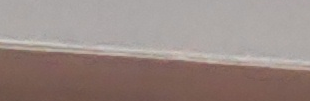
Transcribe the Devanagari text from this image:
श्रीबो